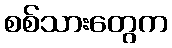
စစ်သားတွေက